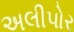
અલીપોર